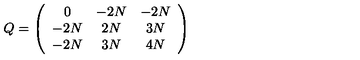
Q = \left( \begin{array} { c c c } { 0 } & { - 2 N } & { - 2 N } \\ { - 2 N } & { 2 N } & { 3 N } \\ { - 2 N } & { 3 N } & { 4 N } \\ \end{array} \right)